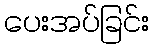
ပေးအပ်ခြင်း